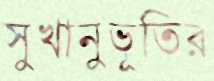
সুখানুভূতির